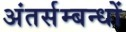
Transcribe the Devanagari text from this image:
अंतर्सम्बन्धों